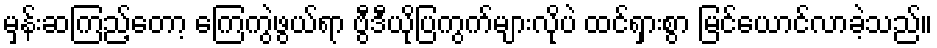
မှန်းဆကြည့်တော့ ကြေကွဲဖွယ်ရာ ဗွီဒီယိုပြကွက်များလိုပဲ ထင်ရှားစွာ မြင်ယောင်လာခဲ့သည်။